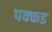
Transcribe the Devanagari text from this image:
पक्कड